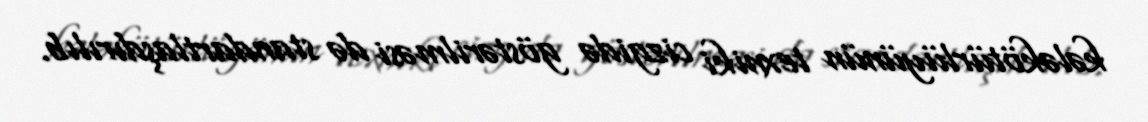
kələkötürlüyünün texniki cizgidə göstərilməsi də standartlaşdırılıb.